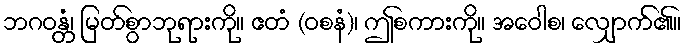
ဘဂဝန္တံ၊ မြတ်စွာဘုရားကို။ ဧတံ (ဝစနံ)၊ ဤစကားကို။ အဝေါစ၊ လျှောက်၏။